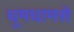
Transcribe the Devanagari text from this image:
धूमधामसे